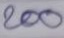
200